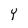
Character: Y